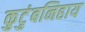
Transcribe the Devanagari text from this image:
कुटुंबनिहाय